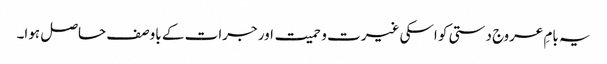
یہ بامِ عروج دستی کو اسکی غیرت و حمیت اور جرات کے باوصف حاصل ہوا۔